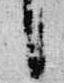
言